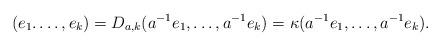
LaTeX: \begin{align*}(e_{1}. \dots, e_{k}) = D_{a,k}(a^{-1}e_{1}, \dots, a^{-1}e_{k}) = \kappa (a^{-1}e_{1}, \dots, a^{-1}e_{k}).\end{align*}